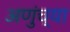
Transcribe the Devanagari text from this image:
अणुंच्या